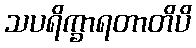
သပရိက္ခာရတာတိပိ